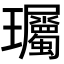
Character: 𬎠